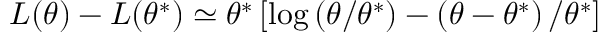
{ L } ( \theta ) - { L } ( \theta ^ { * } ) \simeq \theta ^ { * } \left[ \log \left( \theta / \theta ^ { * } \right) - \left( \theta - \theta ^ { * } \right) / \theta ^ { * } \right]